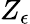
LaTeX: Z_{\epsilon}